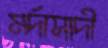
মর্দাসাদী